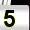
Digit: 5